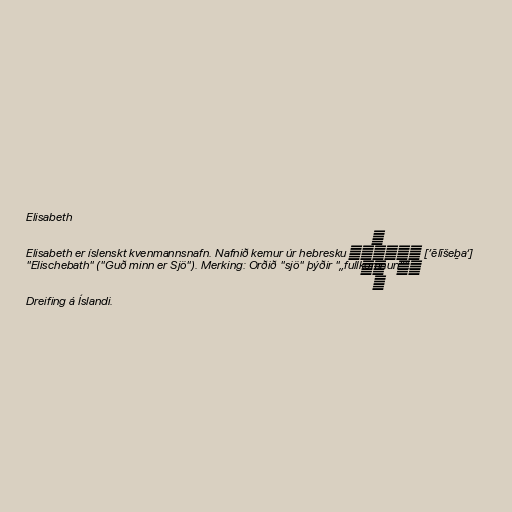
Elisabeth

Elisabeth er íslenskt kvenmannsnafn. Nafnið kemur úr hebresku אֱלִישֶֽׁבַע [’ĕlīšeḇa‘]
"Elischebath" ("Guð minn er Sjö"). Merking: Orðið "sjö" þýðir "„fullkomnun“".

Dreifing á Íslandi.